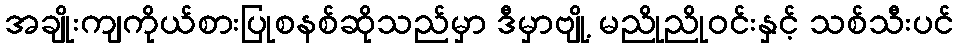
အချိုးကျကိုယ်စားပြုစနစ်ဆိုသည်မှာ ဒီမှာဗျို့ မညိုညိုဝင်းနှင့် သစ်သီးပင်